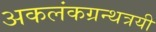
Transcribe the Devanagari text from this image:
अकलंकग्रन्थत्रयी